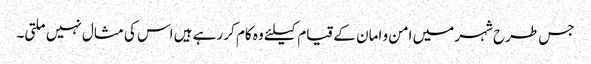
جس طرح شہر میں امن و امان کے قیام کیلئے وہ کام کر رہے ہیں اس کی مثال نہیں ملتی۔